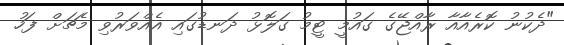
"ދެކުނު ކޮރެއާއާ ރާއްޖޭގެ ގައުމީ ޓީމު ގަލޮޅު ދަނޑުގައި އެއްވަރުވި މެޗަށް ފަހު